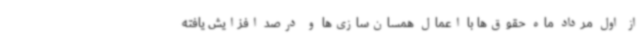
از اول مرداد ماه حقوق‌ها با اعمال همسان‌سازی‌ها و درصد افزایش یافته